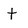
Character: t